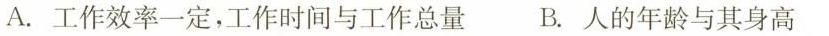
A.工作效率一定，工作时间与工作总量 B.人的年龄与其身高